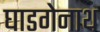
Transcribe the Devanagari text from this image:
घाडगेनाथ